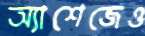
অ্যাশেজেও